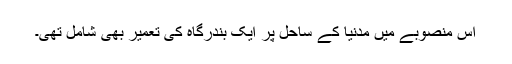
اس منصوبے میں مدنیا کے ساحل پر ایک بندرگاہ کی تعمیر بھی شامل تھی۔